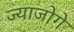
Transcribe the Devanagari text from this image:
ज्याजोगे